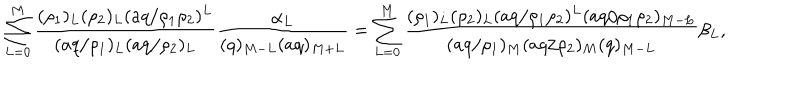
\sum _ { L = 0 } ^ { M } \frac { ( \rho _ { 1 } ) _ { L } ( \rho _ { 2 } ) _ { L } ( a q / \rho _ { 1 } \rho _ { 2 } ) ^ { L } } { ( a q / \rho _ { 1 } ) _ { L } ( a q / \rho _ { 2 } ) _ { L } } \frac { \alpha _ { L } } { ( q ) _ { M - L } ( a q ) _ { M + L } } = \sum _ { L = 0 } ^ { M } \frac { ( \rho _ { 1 } ) _ { L } ( \rho _ { 2 } ) _ { L } ( a q / \rho _ { 1 } \rho _ { 2 } ) ^ { L } ( a q / \rho _ { 1 } \rho _ { 2 } ) _ { M - L } } { ( a q / \rho _ { 1 } ) _ { M } ( a q / \rho _ { 2 } ) _ { M } ( q ) _ { M - L } } \beta _ { L } ,